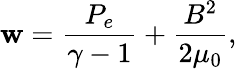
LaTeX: \mathbf{w}=\frac{{P_{e}}}{{\gamma-1}}+\frac{{B^{2}}}{{2\mu_{0}}},